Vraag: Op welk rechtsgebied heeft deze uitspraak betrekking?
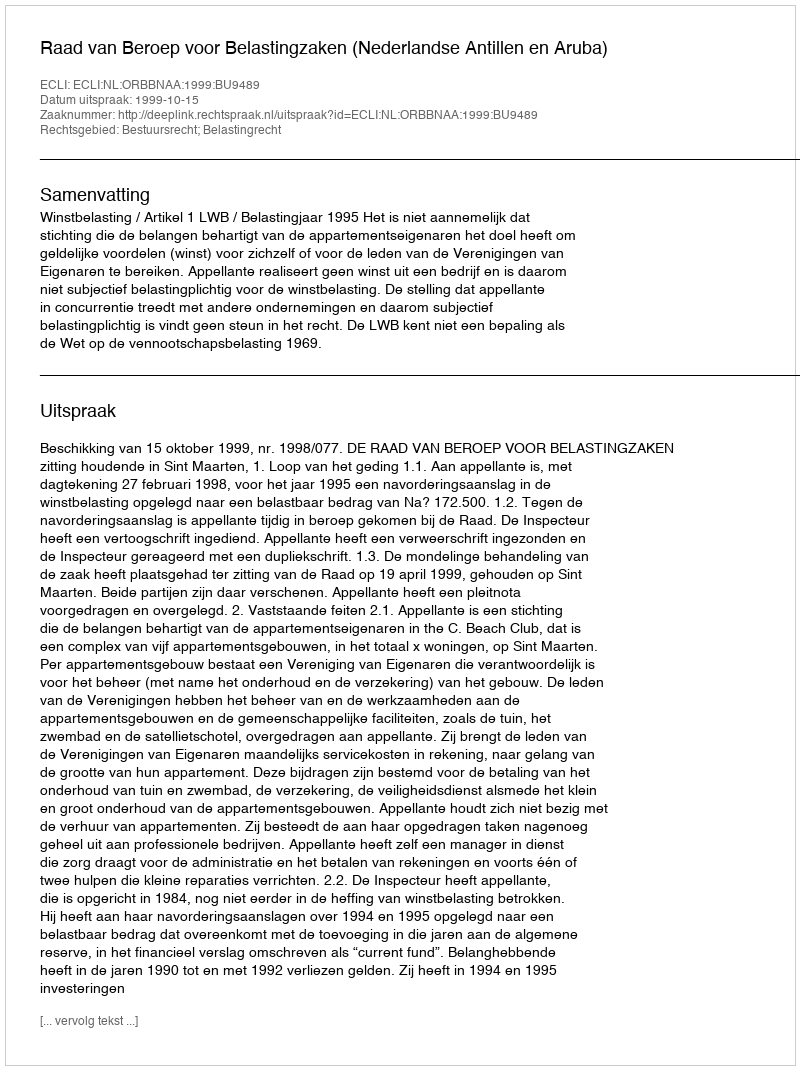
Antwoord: Bestuursrecht; Belastingrecht